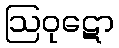
ဩဝုဋော